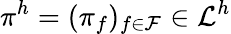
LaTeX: {\pi}^{h}=(\pi_{f})_{f\in\mathcal{F}}\in\mathcal{L}^{h}